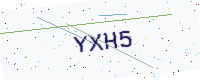
Text: YXH5